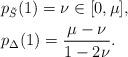
LaTeX: \begin{align*}&p_{\tilde{S}}(1)=\nu\in[0,\mu],\\&p_{\Delta}(1)=\frac{\mu-\nu}{1-2\nu}.\end{align*}